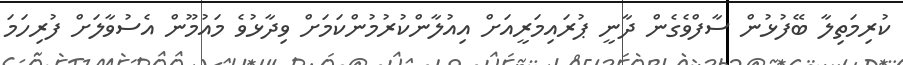
ކުރިމަތިލާ ބޭފުޅުން ސާފްވެގެން ދާނީ ޕުރައިމަރީއަށް އިއުލާންކުރުމުންކަމަށް ވިދާޅުވެ މައުމޫން އެސުވާލަށް ފުރިހަމަ